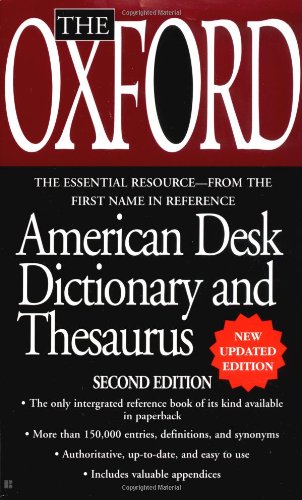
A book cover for The Oxford American Desk Dictionary and Thesaurus; Oxford University Press; Reference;